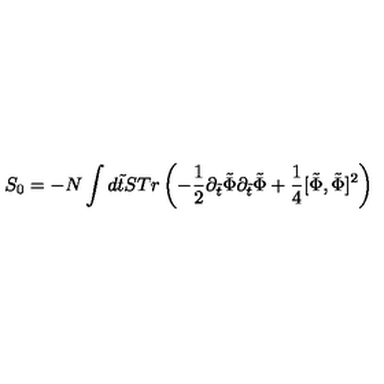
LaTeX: S _ { 0 } = - N \int d \tilde { t } S T r \left( - \frac { 1 } { 2 } \partial _ { \tilde { t } } \tilde { \Phi } \partial _ { \tilde { t } } \tilde { \Phi } + \frac { 1 } { 4 } [ \tilde { \Phi } , \tilde { \Phi } ] ^ { 2 } \right)